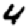
Digit: 4